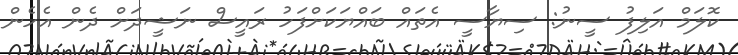
ކޮލަމް އަލިފު ސީނު: ސިޔާސީ އެތައް ބައްޔަކަށްފަހު ރައީސް ނަޝީދަށް ދެން އެހެން